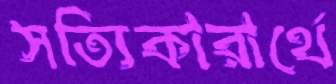
সত্যিকারার্থে